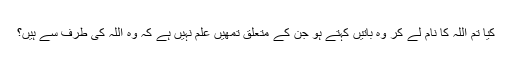
کیا تم اللہ کا نام لے کر وہ باتیں کہتے ہو جن کے متعلق تمھیں علم نہیں ہے کہ وہ اللہ کی طرف سے ہیں؟